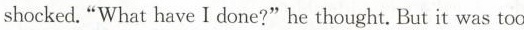
shocked."What have I done?" he thought. But it was too